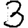
Digit: 3